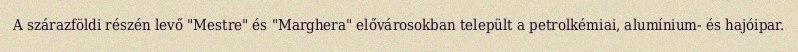
A szárazföldi részén levő "Mestre" és "Marghera" elővárosokban települt a petrolkémiai, alumínium- és hajóipar.